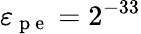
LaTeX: \varepsilon_{\mathrm{~p~e~}}=2^{-33}